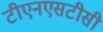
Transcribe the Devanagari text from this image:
टीएनएसटीसी